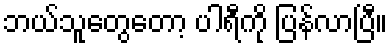
ဘယ်သူတွေတော့ ပါရီကို ပြန်လာပြီ။